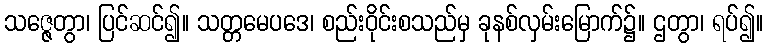
သဇ္ဇေတွာ၊ ပြင်ဆင်၍။ သတ္တမေပဒေ၊ စည်းဝိုင်းစသည်မှ ခုနစ်လှမ်းမြောက်၌။ ဌတွာ၊ ရပ်၍။